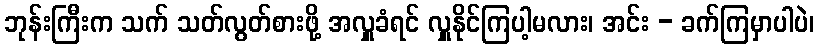
ဘုန်းကြီးက သက် သတ်လွတ်စားဖို့ အလှူခံရင် လှူနိုင်ကြပါ့မလား၊ အင်း - ခက်ကြမှာပါပဲ၊